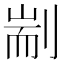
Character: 剬